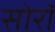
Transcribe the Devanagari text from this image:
सोरॉ